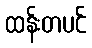
ထန်းတပင်